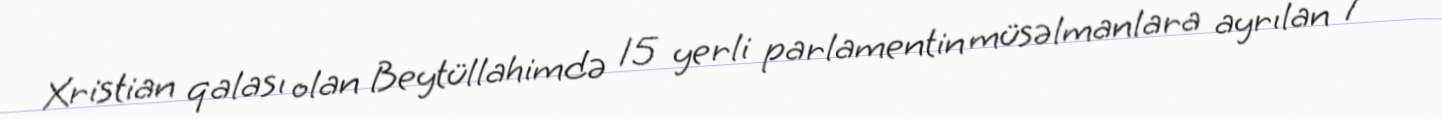
Xristian qalası olan Beytüllahimdə 15 yerli parlamentin müsəlmanlara ayrılan 7